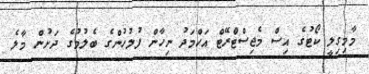
މާމިގިލީ ކޯޓުގެ އިސް މެޖިސްޓްރޭޓް އަހްމަދު ނިހާން ފުލުހުންގެ ބެލުމުގެ ދަށުން މާލެ